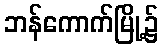
ဘန်ကောက်မြို့၌